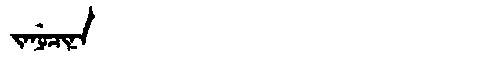
Manchu: ᠵᠠᠨᡠᠴᡳᠨᠠ
Romanization: JANUCINA